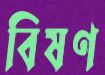
বিষণ